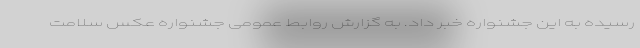
رسیده به این جشنواره خبر داد. به گزارش روابط عمومی جشنواره عکس سلامت